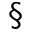
^ \mathsection